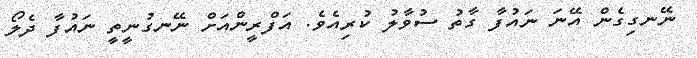
ނޭނގިގެން އޭނަ ނައުފާ ގާތު ސުވާލު ކުރިއެވެ. އަފްރީންއަށް ނޭނގުނީތީ ނައުފާ ދެލޯ